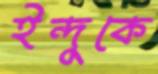
ইন্দুকে